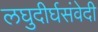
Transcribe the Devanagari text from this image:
लघुदीर्घसंवेदी